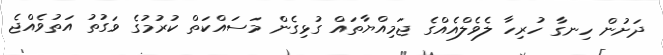
ދަށުން ހިނގާ ހުރިހާ ލެވެލްއެއްގެ ޖަމިއްޔާތައް ގުޅިގެން މަސައްކަތް ކުރުމުގެ ވަގުތު އަތުވެއްޖެ